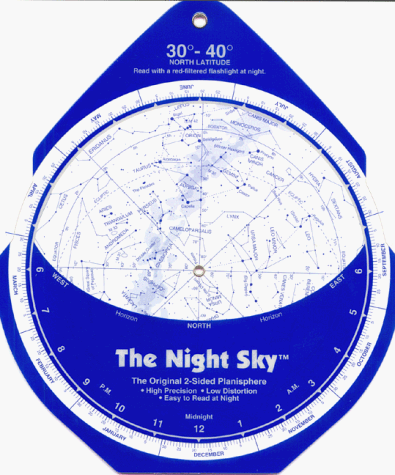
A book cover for The Night Sky 30Â°-40Â° (Large; North Latitude); David S. Chandler; Science & Math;